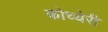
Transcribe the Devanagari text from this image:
कोच्चेरी